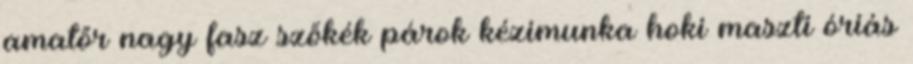
amatőr nagy fasz szőkék párok kézimunka hoki maszti óriás